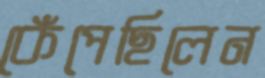
কেঁপেছিলেন